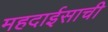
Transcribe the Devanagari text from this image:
महदाईसाची